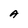
Character: A